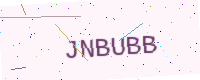
Text: JNBUBB